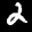
Label: 2